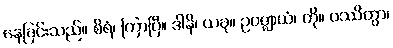
နေခြင်းသည်။ စိရံ၊ ကြာပြီ။ ဒါနိ၊ ယခု။ ဥပဇ္ဈာယံ၊ ကို။ ပဿိတွာ၊